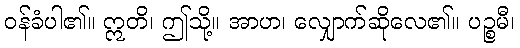
ဝန်ခံပါ၏။ ဣတိ၊ ဤသို့။ အာဟ၊ လျှောက်ဆိုလေ၏။ ပဉ္စမီ၊